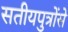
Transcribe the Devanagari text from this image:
सतीयपुत्रोंसे